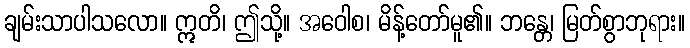
ချမ်းသာပါသလော။ ဣတိ၊ ဤသို့။ အဝေါစ၊ မိန့်တော်မူ၏။ ဘန္တေ၊ မြတ်စွာဘုရား။